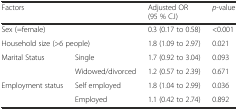
<table><thead><tr><td colspan="2"><b>Factors</b></td><td><b>Adjusted OR (95 % C.I)</b></td><td><b><i>p</i>-value</b></td></tr></thead><tbody><tr><td colspan="2">Sex (=female)</td><td>0.3 (0.17 to 0.58)</td><td>&lt;0.001</td></tr><tr><td colspan="2">Household size (&gt;6 people)</td><td>1.8 (1.09 to 2.97)</td><td>0.021</td></tr><tr><td rowspan="2">Marital Status</td><td>Single</td><td>1.7 (0.92 to 3.04)</td><td>0.093</td></tr><tr><td>Widowed/divorced</td><td>1.2 (0.57 to 2.39)</td><td>0.671</td></tr><tr><td rowspan="2">Employment status</td><td>Self employed</td><td>1.8 (1.04 to 2.99)</td><td>0.036</td></tr><tr><td>Employed</td><td>1.1 (0.42 to 2.74)</td><td>0.892</td></tr></tbody></table>